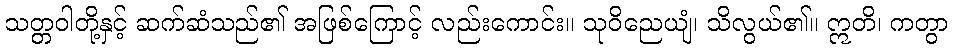
သတ္တဝါတို့နှင့် ဆက်ဆံသည်၏ အဖြစ်ကြောင့် လည်းကောင်း။ သုဝိညေယျံ၊ သိလွယ်၏။ ဣတိ၊ ကတွာ